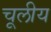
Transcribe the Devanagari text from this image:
चूलीय